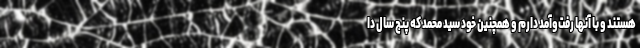
هستند و با آنها رفت‌وآمد دارم و همچنین خود سید محمد که پنج سال دا